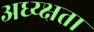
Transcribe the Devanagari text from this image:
अध्य्क्षता